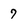
Character: 7